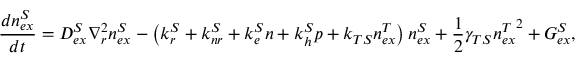
\frac { d n _ { e x } ^ { S } } { d t } = D _ { e x } ^ { S } \nabla _ { r } ^ { 2 } n _ { e x } ^ { S } - \left( k _ { r } ^ { S } + k _ { n r } ^ { S } + k _ { e } ^ { S } n + k _ { h } ^ { S } p + k _ { T S } n _ { e x } ^ { T } \right) n _ { e x } ^ { S } + \frac { 1 } { 2 } \gamma _ { T S } { n _ { e x } ^ { T } } ^ { 2 } + G _ { e x } ^ { S } ,